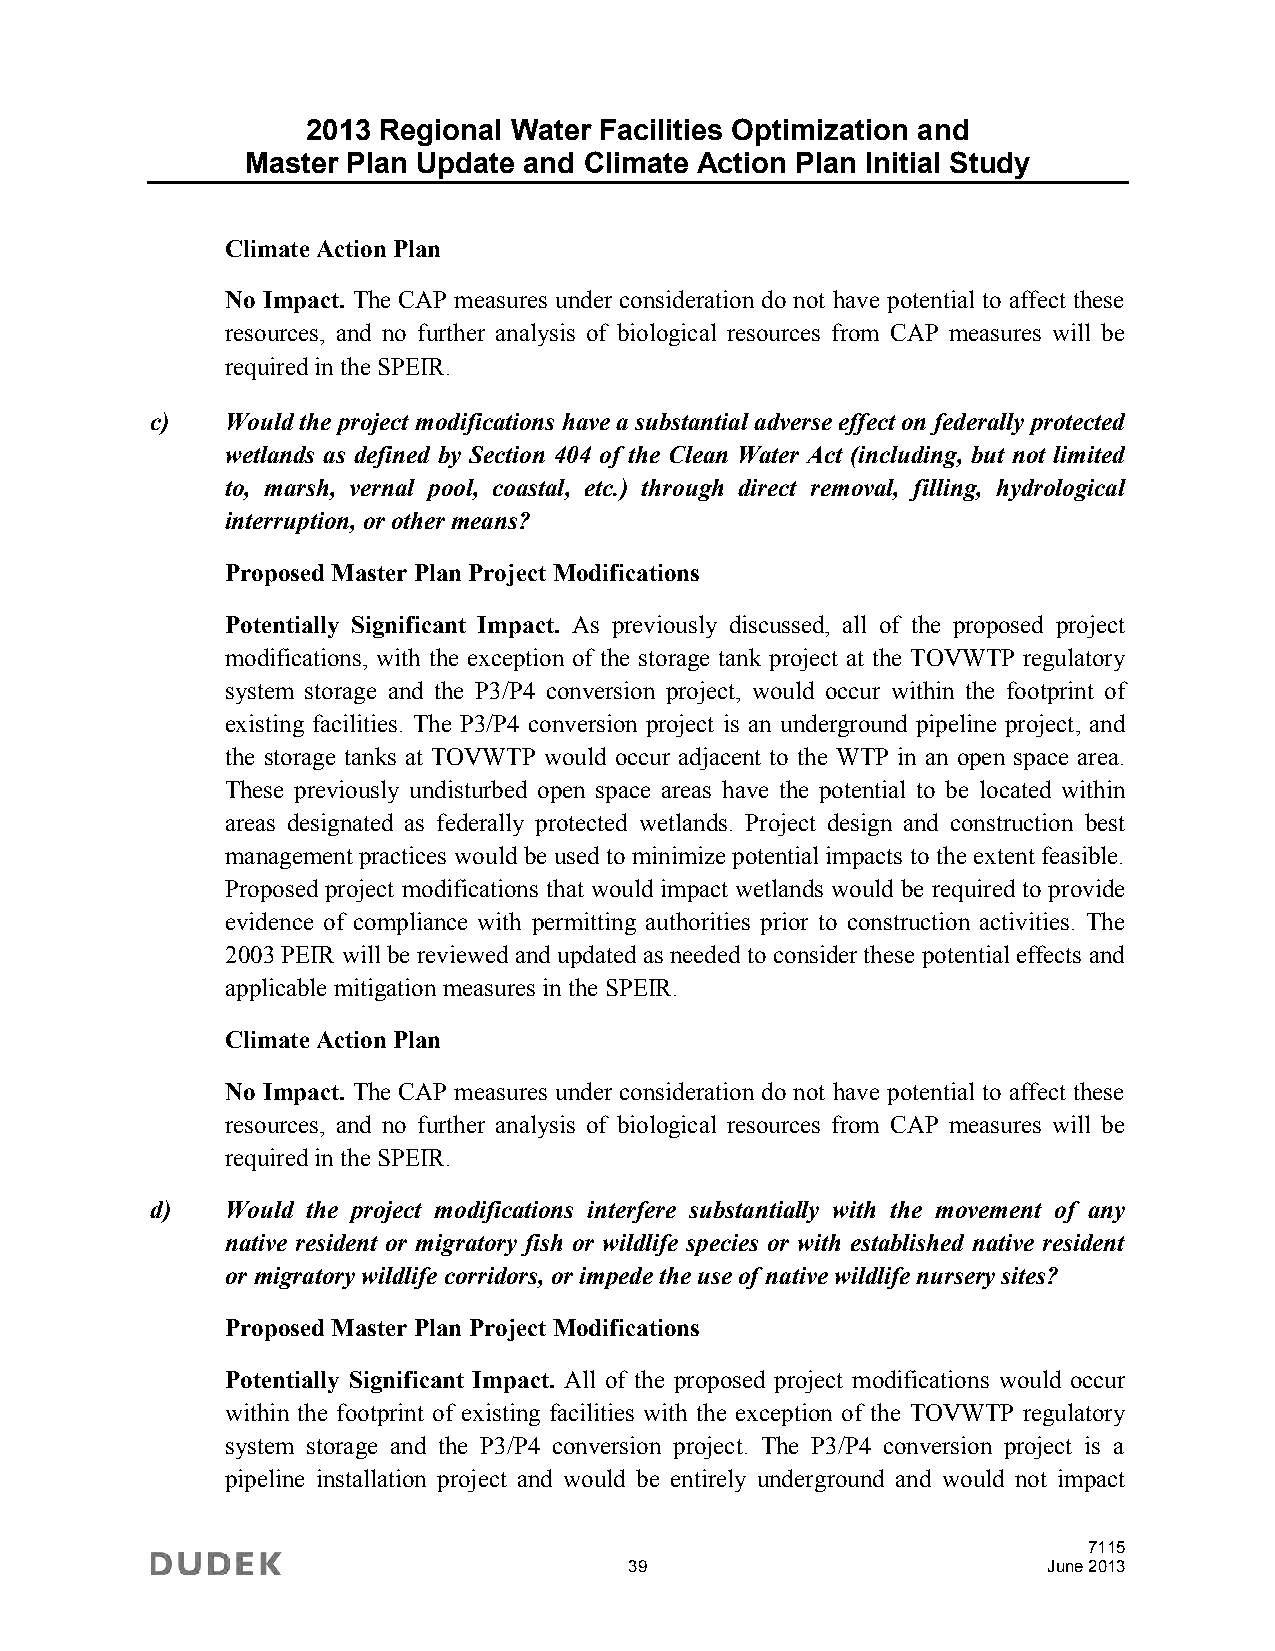
2013 Regional Water Facilities Optimization and
 Master Plan Update and Climate Action Plan Initial Study
 Climate Action Plan
 No Impact. The CAP measures under consideration do not have potential to affect these
 resources, and no further analysis of biological resources from CAP measures will be
 required in the SPEIR.
 c)   Would the project modifications have a substantial adverse effect on federally protected
 wetlands as defined by Section 404 of the Clean Water Act (including, but not limited
 to, marsh, vernal pool, coastal, etc.) through direct removal, filling, hydrological
 interruption, or other means?
 Proposed Master Plan Project Modifications
 Potentially Significant Impact. As previously discussed, all of the proposed project
 modifications, with the exception of the storage tank project at the TOVWTP regulatory
 system storage and the P3/P4 conversion project, would occur within the footprint of
 existing facilities. The P3/P4 conversion project is an underground pipeline project, and
 the storage tanks at TOVWTP would occur adjacent to the WTP in an open space area.
 These previously undisturbed open space areas have the potential to be located within
 areas designated as federally protected wetlands. Project design and construction best
 management practices would be used to minimize potential impacts to the extent feasible.
 Proposed project modifications that would impact wetlands would be required to provide
 evidence of compliance with permitting authorities prior to construction activities. The
 2003 PEIR will be reviewed and updated as needed to consider these potential effects and
 applicable mitigation measures in the SPEIR.
 Climate Action Plan
 No Impact. The CAP measures under consideration do not have potential to affect these
 resources, and no further analysis of biological resources from CAP measures will be
 required in the SPEIR.
 d)   Would the project modifications interfere substantially with the movement of any
 native resident or migratory fish or wildlife species or with established native resident
 or migratory wildlife corridors, or impede the use of native wildlife nursery sites?
 Proposed Master Plan Project Modifications
 Potentially Significant Impact. All of the proposed project modifications would occur
 within the footprint of existing facilities with the exception of the TOVWTP regulatory
 system storage and the P3/P4 conversion project. The P3/P4 conversion project is a
 pipeline installation project and would be entirely underground and would not impact
 7115
 39                         June 2013